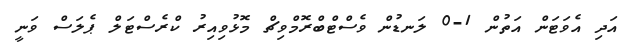
އަދި އެވަޓަން އަތުން 1-0 ލަނޑުން ވެސްޓްބްރޮމްވިޗް މޮޅުވިއިރު ކްރެސްޓަލް ޕެލަސް ވަނީ